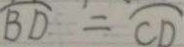
\widehat { B D } = \widehat { C D }